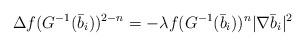
LaTeX: \begin{align*}&\Delta f(G^{-1}(\bar b_i))^{2-n}=-\lambda f(G^{-1}(\bar b_i))^n|\nabla \bar b_i|^2\end{align*}